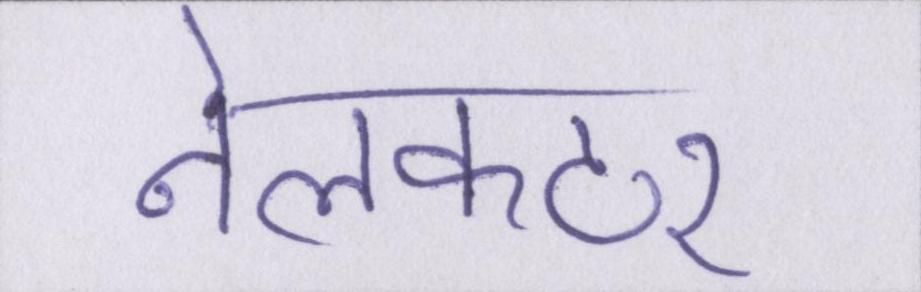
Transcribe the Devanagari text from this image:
नेलकटर